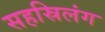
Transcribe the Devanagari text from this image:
सहस्रिलंग